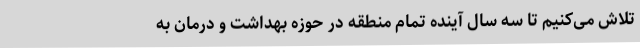
تلاش می‌کنیم تا سه سال آینده تمام منطقه در حوزه بهداشت و درمان به